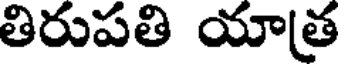
తిరుపతి యాత్ర